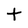
Character: t